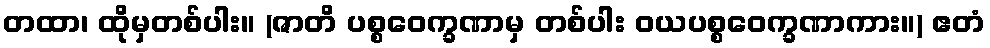
တထာ၊ ထိုမှတစ်ပါး။ (ဇာတိ ပစ္စဝေက္ခဏာမှ တစ်ပါး ဝယပစ္စဝေက္ခဏာကား။) ဧတံ